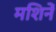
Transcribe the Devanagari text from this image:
मशिनें